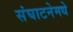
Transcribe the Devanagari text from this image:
संघाटनेमधे